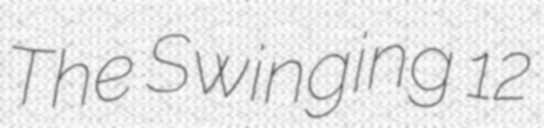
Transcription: The Swinging 12